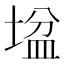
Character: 𡎛